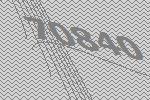
70840